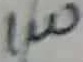
Text: 1W